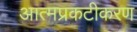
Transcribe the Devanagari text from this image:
आत्मप्रकटीकरण